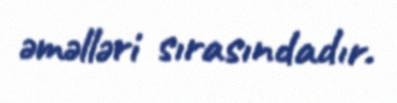
əməlləri sırasındadır.